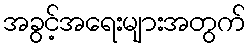
အခွင့်အရေးများအတွက်